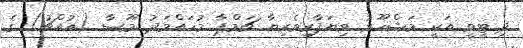
ދި ޓީވީ އަކީ މަޝްހޫރު ވިޔަފާރިވެރިޔާ ޗަމްޕާ މުހައްމަދު މޫސާ (އުއްޗު) ގެ